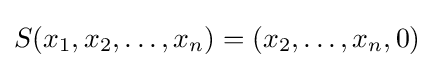
S(x_{1},x_{2},\ldots ,x_{n})=(x_{2},\ldots ,x_{n},0)